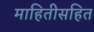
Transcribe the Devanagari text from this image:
माहितीसहित